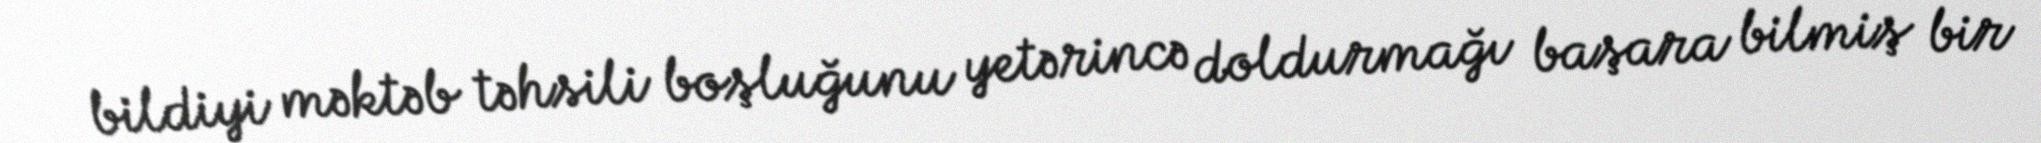
bildiyi məktəb təhsili boşluğunu yetərincə doldurmağı başara bilmiş bir